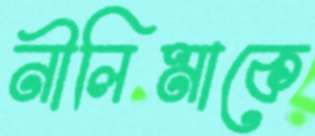
নীলিমাকে